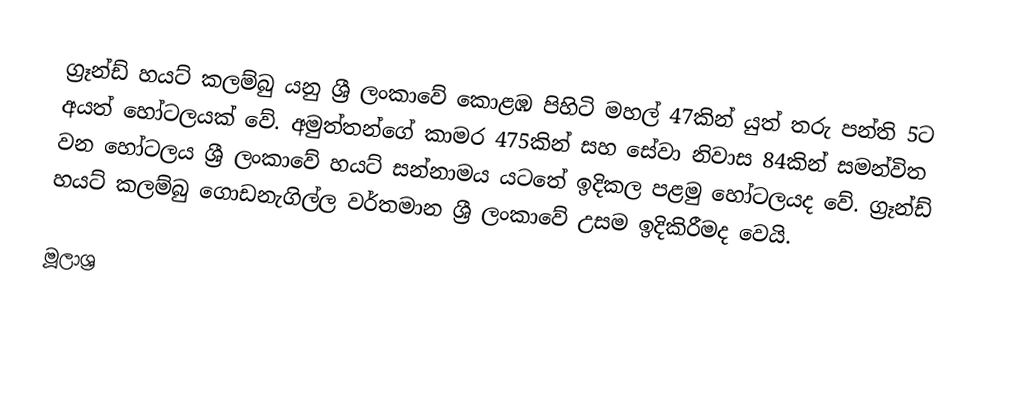
ග්‍රෑන්ඩ් හයට් කලම්බු යනු ශ්‍රී ලංකාවේ කොළඹ පිහිටි මහල් 47කින් යුත් තරු පන්ති 5ට අයත් හෝටලයක් වේ. අමුත්තන්ගේ කාමර 475කින් සහ සේවා නිවාස 84කින් සමන්විත  වන හෝටලය ශ්‍රී ලංකාවේ හයට් සන්නාමය යටතේ ඉදිකල පළමු හෝටලයද වේ. ග්‍රෑන්ඩ් හයට් කලම්බු ගොඩනැගිල්ල වර්තමාන ශ්‍රී ලංකාවේ උසම ඉදිකිරීමද වෙයි.

මූලාශ්‍ර